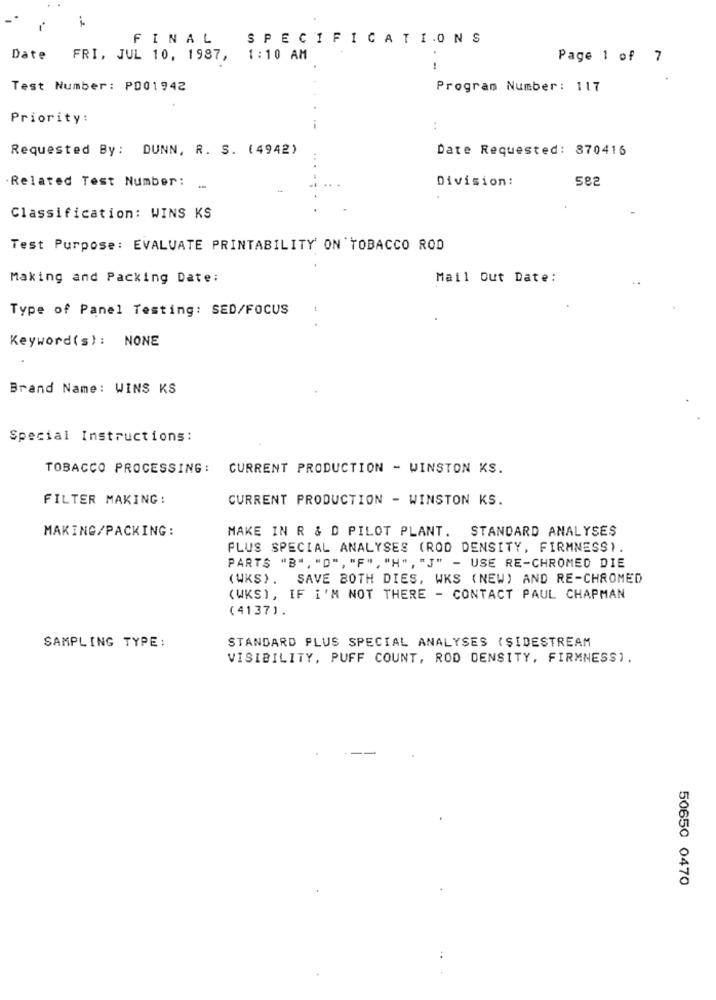
FINAL
SPECIFICATIONS
Date FRI, JUL 10, 1987, 1:10 AM
Page 1 of 7
Test Number: P001942
Program Number: 117
Priority:
Requested By: DUNN, R. S. (4942)
Date Requested: 870416
. Related Test Number :
Division:
582
Classification: WINS KS
Test Purpose: EVALUATE PRINTABILITY' ON TOBACCO ROD
Making and Packing Date:
Mail out Date:
Type of Panel Testing: SED/FOCUS
Keyword(s): NONE
Brand Name: WINS KS
Special Instructions :
TOBACCO PROCESSING: CURRENT PRODUCTION - WINSTON KS.
FILTER MAKING:
CURRENT PRODUCTION - WINSTON KS.
MAKING/PACKING:
MAKE IN R & D PILOT PLANT. STANDARD ANALYSES
PLUS SPECIAL ANALYSES (ROD DENSITY, FIRMNESS).
PARTS "B", "O", "F", "H", "J" - USE RE-CHROMED DIE
(WKS). SAVE BOTH DIES, WKS (NEW) AND RE-CHROMED
(WKS), IF I'M NOT THERE - CONTACT PAUL CHAPMAN
(4137).
SAMPLING TYPE :
STANDARD PLUS SPECIAL ANALYSES (SIDESTREAM
VISIBILITY, PUFF COUNT, ROD DENSITY, FIRMNESS).
50650 0470